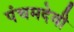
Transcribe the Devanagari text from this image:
पंचमदेवी